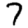
Digit: 7